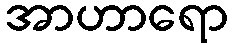
အာဟာရော